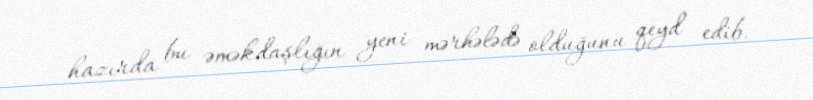
hazırda bu əməkdaşlığın yeni mərhələdə olduğunu qeyd edib.